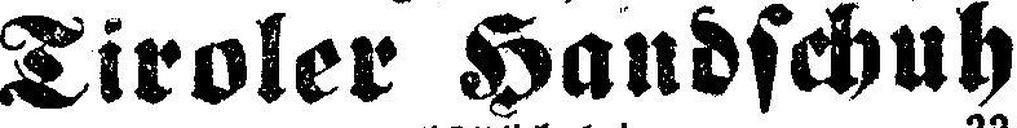
Tiroler Handschuh